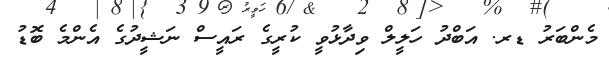
މެންބަރު ޑރ. އަބްދު ހަލީލް ވިދާޅުވީ ކުރީގެ ރައީސް ނަޝީދުގެ އެންމެ ބޮޑު